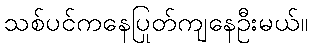
သစ်ပင်ကနေပြုတ်ကျနေဦးမယ်။